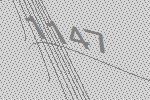
1147